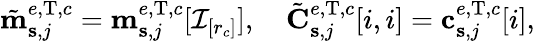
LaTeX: \begin{array}{r}{\tilde{\mathbf{m}}_{\mathbf{s},j}^{e,\mathrm{T},c}=\mathbf{m}_{\mathbf{s},j}^{e,\mathrm{T},c}[\mathcal{I}_{[r_{c}]}],\quad\tilde{\mathbf{C}}_{\mathbf{s},j}^{e,\mathrm{T},c}[i,i]=\mathbf{c}_{\mathbf{s},j}^{e,\mathrm{T},c}[i],}\end{array}